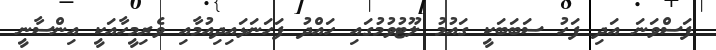
ފަސްވަނަ އަދި ފަހު ސަބަބަކީ ގައުމު ލޫޓުވުމުގައި ހައްދު ފަހަނަޅައިދިއުމާއި ވެރިމީހާއަކީ އިންސާނީ